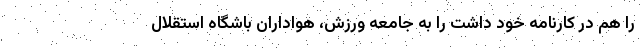
را هم در کارنامه خود داشت را به جامعه ورزش، هواداران باشگاه استقلال